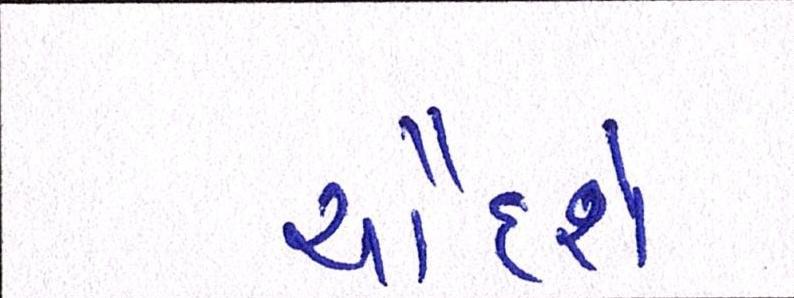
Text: ચૌદશે